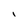
Character: I